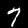
Digit: 7